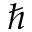
\hslash